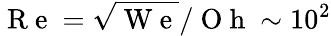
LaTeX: \mathrm{~R~e~}=\sqrt{\mathrm{~W~e~}}/\mathrm{~O~h~}\sim 10^{2}